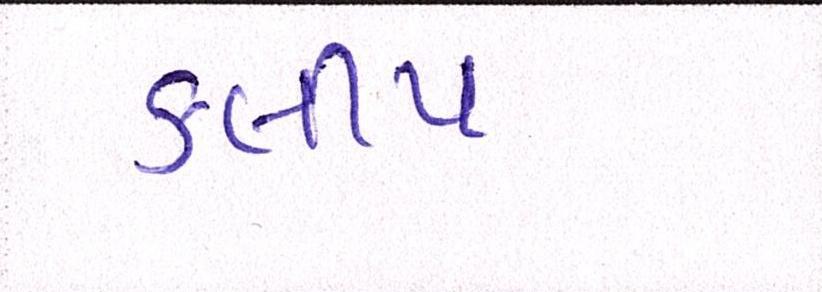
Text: કલીપ